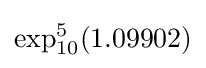
\exp _{10}^{5}(1.09902)